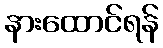
နားထောင်ရန်